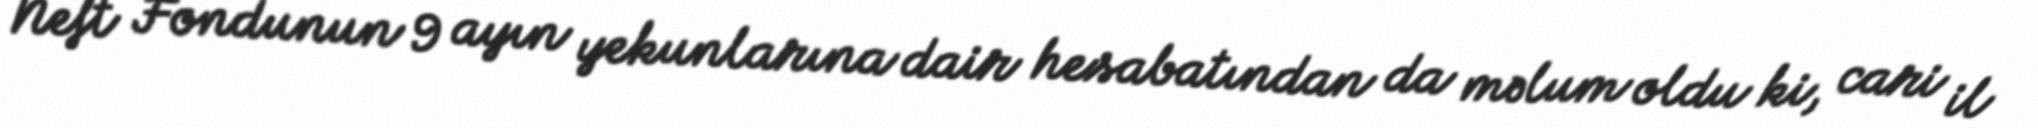
Neft Fondunun 9 ayın yekunlarına dair hesabatından da məlum oldu ki, cari il